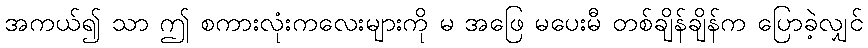
အကယ်၍ သာ ဤ စကားလုံးကလေးများကို မ အဖြေ မပေးမီ တစ်ချိန်ချိန်က ပြောခဲ့လျှင်